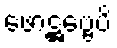
ဖောဋ္ဌဗ္ဗေပိ